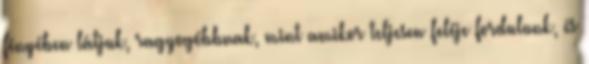
fényében látjuk, ragyogóbbnak, mint amikor teljesen feléje fordulunk, és